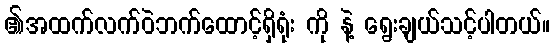
၏အထက်လက်ဝဲဘက်ထောင့်ရှိရုံး ကို နဲ့ ရွေးချယ်သင့်ပါတယ်။